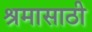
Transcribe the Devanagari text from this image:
श्रमासाठी